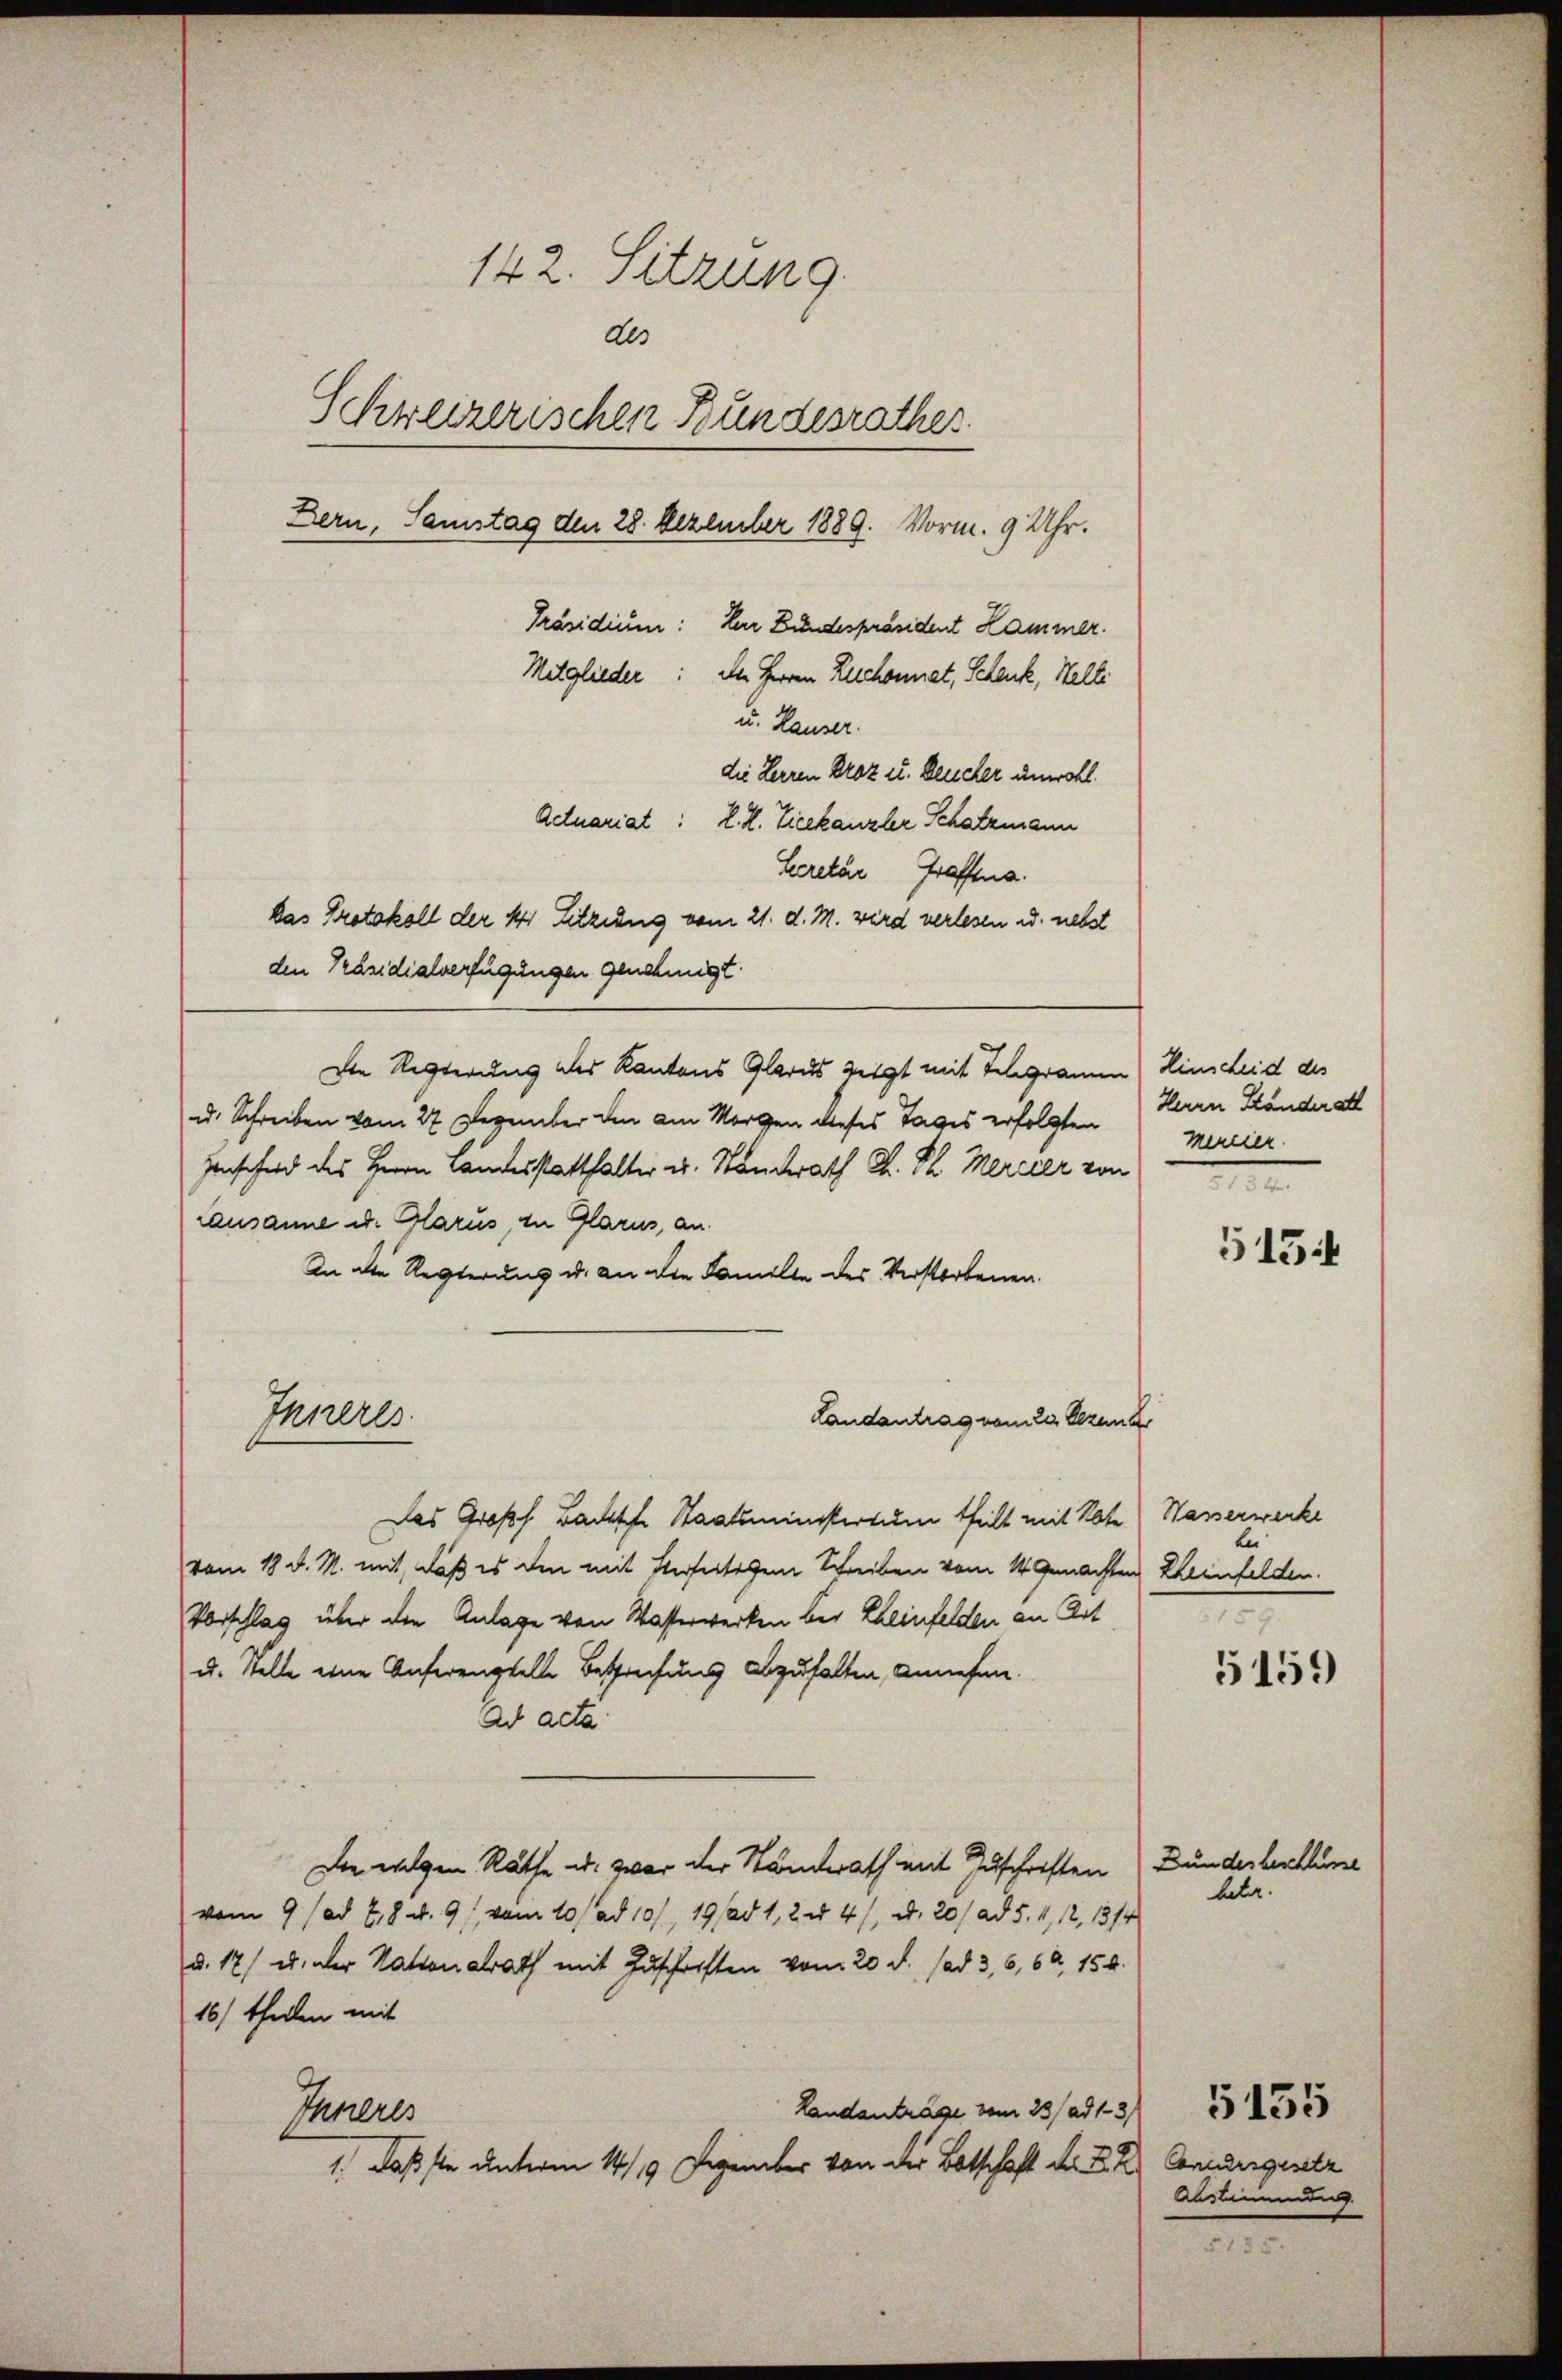
142. Sitzung.
des
Schweizerischen Bundesrathes.
Bern, Samstag den 28. Dezember 1889. Vorm. 9 Uhr.
Präsidium: Herr Bundespräsident Hammer.
Mitglieder: Der Herren Rechannat, Schenk, Helli
u. Hauser.
die Herren Droz u. Leucher unwohl.
Actuariat: K. H. Zieekanzler Schatzmann

Secretär, Graffena.
Das Protokoll der 4 Sitzung vom 21. d. M. wird verlesen u. nebst
den Präsidialverfügungen genehmigt.
Die Regierung des Kantons Glarus zeigt mit Telegramm) Hinscheid des
u. Schreiben vom 27 Dezember den am Morgen dieses Tages erfolgten
Henscheid des Herrn Landesstatthalter u. Standrath D. P. Merider von
Lausanne u. Glarus, in Glarus, an.
An die Regierung u. an die Familie des Verstorbenen.
Inneres
Landantrag vom 22. Dezenz
Das Großh. Bache Staatsministerium theilt mit Note
vom 18. d. M. mit, daß es den mit sterseitigem Schreiben vom 14. gemachten Rheinfelden.
Vorschlag über die Anlage von Wasserwerken bei Eheinfelden an Art
u. stelle eine Anferengstelle Besprechung abzuhalten, Annehme.
Ad acta
Die welchen Räthe u. zwar der Standerath mit Zuschriften Bundesbeschlume
vom 9 (ad 2, 8. d. 9, vom 10. ad 101, 19 (ad 1, 2 u 4/, d. 20) ad 5. 4, 12, 13/4
d. 17) u. der Nationalrath mit Zuschriften vom 20. d. ad 3, 6, 60, 154.
16) theilen mit
Landanträge vom 23/ ad 1. 31
Inneres
1.) Daß sie unterm 14/19 Dezember von der Botschaft der K. K. Condergesetz

Herrn Ständerath
mercier.

5154

Hasserwerke
bei

5159

betr.

Abstimmung

5135